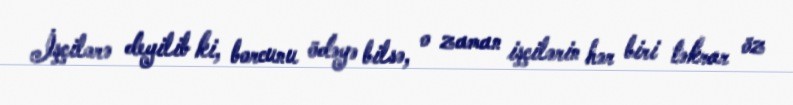
İşçilərə deyilib ki, borcunu ödəyə bilsə, o zaman işçilərin hər biri təkrar öz